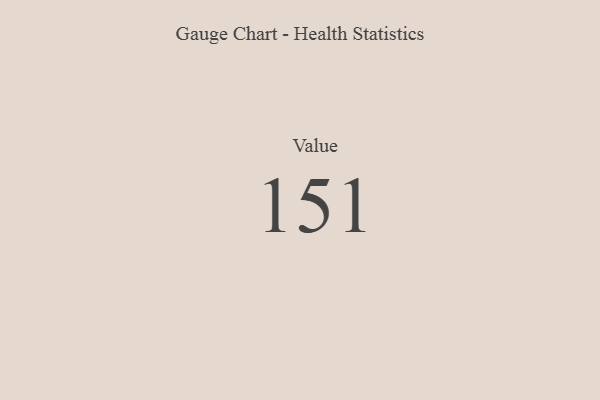
{"axis": {"x": "Metric", "y": "Value"}, "legend": [""], "data": [{"x": "Value", "y": 151, "type": ""}]}